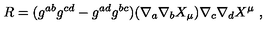
R = ( g ^ { a b } g ^ { c d } - g ^ { a d } g ^ { b c } ) ( \nabla _ { a } \nabla _ { b } X _ { \mu } ) \nabla _ { c } \nabla _ { d } X ^ { \mu } \ ,